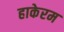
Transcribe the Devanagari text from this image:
हाकेरम